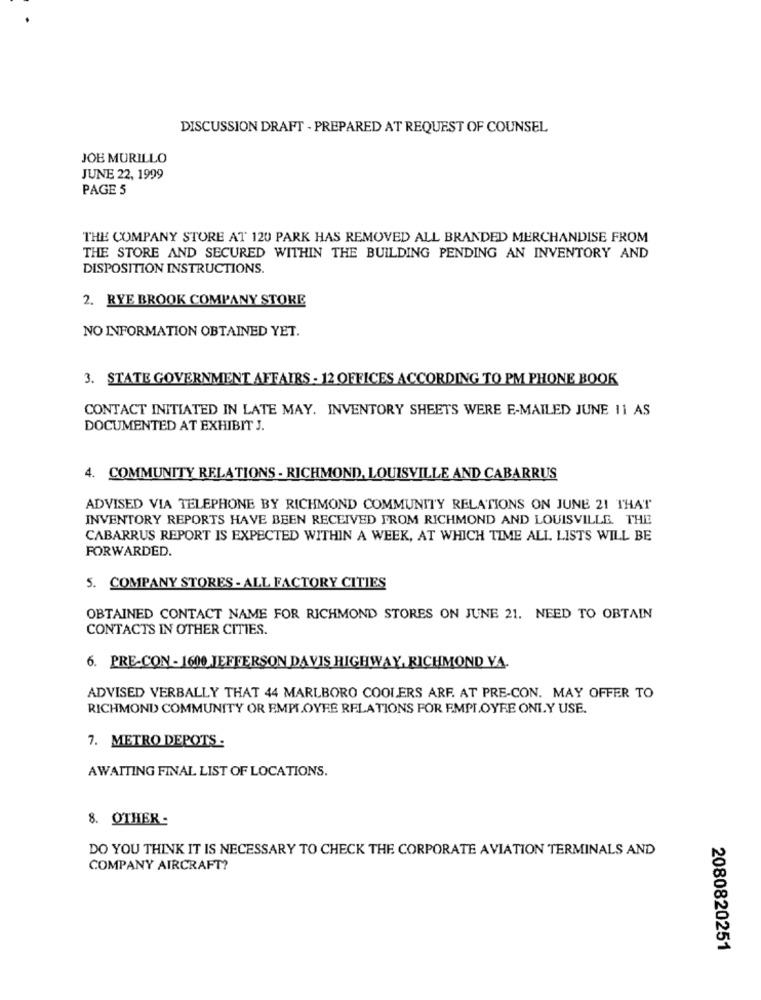
DISCUSSION DRAFT - PREPARED AT REQUEST OF COUNSEL
JOB MURILLO
JUNE 22, 1999
PAGE 5
THE COMPANY STORE AT 120 PARK HAS REMOVED ALL BRANDED MERCHANDISE FROM
THE STORE AND SECURED WITHIN THE BUILDING PENDING AN INVENTORY AND
DISPOSITION INSTRUCTIONS.
2. RYE BROOK COMPANY STORE
NO INFORMATION OBTAINED YET.
3. STATE GOVERNMENT AFFAIRS - 12 OFFICES ACCORDING TO PM PHONE BOOK
CONTACT INITIATED IN LATE MAY. INVENTORY SHEETS WERE E-MAILED JUNE 11 AS
DOCUMENTED AT EXHIBIT J.
4. COMMUNITY RELATIONS - RICHMOND, LOUISVILLE AND CABARRUS
ADVISED VIA TELEPHONE BY RICHMOND COMMUNITY RELATIONS ON JUNE 21 THAT
INVENTORY REPORTS HAVE BEEN RECEIVED FROM RICHMOND AND LOUISVILLE. THEE
CABARRUS REPORT IS EXPECTED WITHIN A WEEK, AT WHICH TIME ALL LISTS WILL BE
FORWARDED.
5. COMPANY STORES - ALL FACTORY CITIES
OBTAINED CONTACT NAME FOR RICHMOND STORES ON JUNE 21. NEED TO OBTAIN
CONTACTS IN OTHER CITIES.
6. PRE-CON - 1600 JEFFERSON DAVIS HIGHWAY, RICHMOND VA.
ADVISED VERBALLY THAT 44 MARLBORO COOLERS ARF. AT PRE-CON. MAY OFFER TO
RICHMOND COMMUNITY OR EMPLOYEE RELATIONS FOR EMPLOYRE ONLY USE.
7. METRO DEPOTS -
AWAITING FINAL LIST OF LOCATIONS.
8. OTHER-
DO YOU THINK IT IS NECESSARY TO CHECK THE CORPORATE AVIATION TERMINALS AND
COMPANY AIRCRAFT?
2080820251